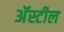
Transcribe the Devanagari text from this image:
अॅस्टील